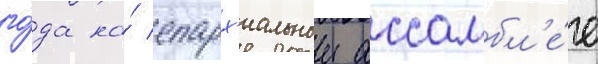
го́да на́ епарх'иальнои ассамбл'е́е